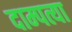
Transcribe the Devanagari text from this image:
दाम्पत्या